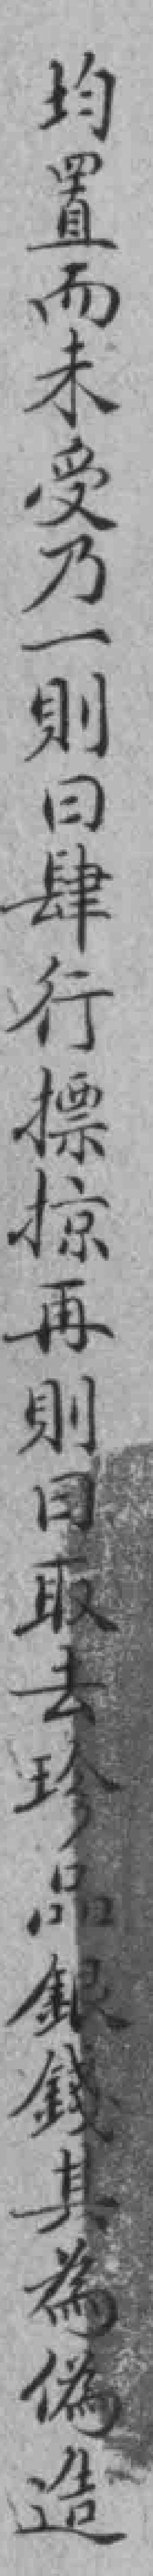
均置而未受乃一則曰肆行摽掠再則曰取去珍品銀錢其為僞造